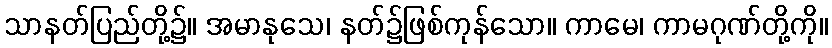
သာနတ်ပြည်တို့၌။ အမာနုသေ၊ နတ်၌ဖြစ်ကုန်သော။ ကာမေ၊ ကာမဂုဏ်တို့ကို။